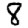
Digit: 8